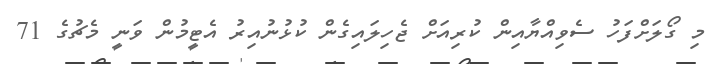
މި ގޯލަށްފަހު ސެވިއްޔާއިން ކުރިއަށް ޖެހިލައިގެން ކުޅުނުއިރު އެޓީމުން ވަނީ މެޗުގެ 71